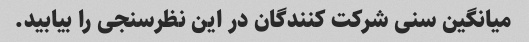
میانگین سنی شرکت کنندگان در این نظرسنجی را بیابید.